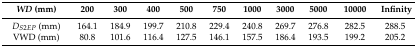
<table><thead><tr><td><b><i>WD</i> (mm)</b></td><td><b>200</b></td><td><b>300</b></td><td><b>400</b></td><td><b>500</b></td><td><b>750</b></td><td><b>1000</b></td><td><b>3000</b></td><td><b>5000</b></td><td><b>10000</b></td><td><b>Infinity</b></td></tr></thead><tbody><tr><td><i>D<sub>S2EP</sub></i> (mm)</td><td>164.1</td><td>184.9</td><td>199.7</td><td>210.8</td><td>229.4</td><td>240.8</td><td>269.7</td><td>276.8</td><td>282.5</td><td>288.5</td></tr><tr><td>VWD (mm)</td><td>80.8</td><td>101.6</td><td>116.4</td><td>127.5</td><td>146.1</td><td>157.5</td><td>186.4</td><td>193.5</td><td>199.2</td><td>205.2</td></tr></tbody></table>